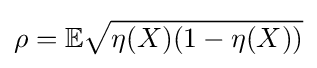
\rho =\mathbb {E} {\sqrt {\eta (X)(1-\eta (X))}}